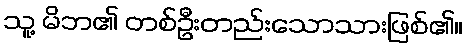
သူ့ မိဘ၏ တစ်ဦးတည်းသောသားဖြစ်၏။